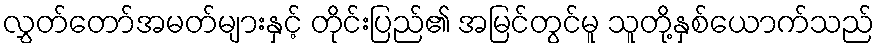
လွှတ်တော်အမတ်များနှင့် တိုင်းပြည်၏ အမြင်တွင်မူ သူတို့နှစ်ယောက်သည်